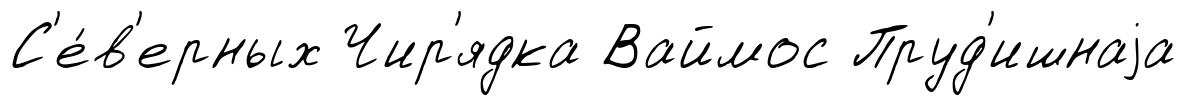
С'е́в'ерных Чир'ядка Ваймос Пруд'ишнаjа